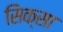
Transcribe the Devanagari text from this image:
सिक्सा